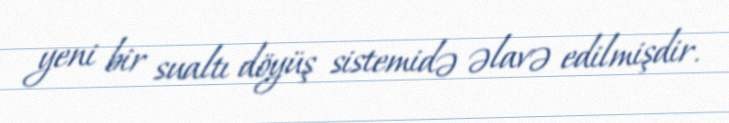
yeni bir sualtı döyüş sistemidə əlavə edilmişdir.